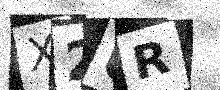
Text: X2UR